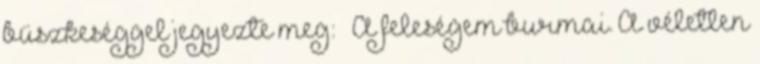
büszkeséggel jegyezte meg: – A feleségem burmai. A véletlen